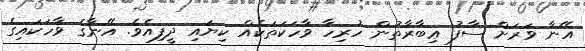
އޭނާ ވަރަށް ސާފު ޢިބާރާތުން ހުރިހާ ވާހަކަތަކެއް ކިޔައި ދީފިއެވެ. އޭނާގެ ވާހަކައިގެ